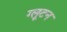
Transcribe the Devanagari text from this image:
ग्लूटन